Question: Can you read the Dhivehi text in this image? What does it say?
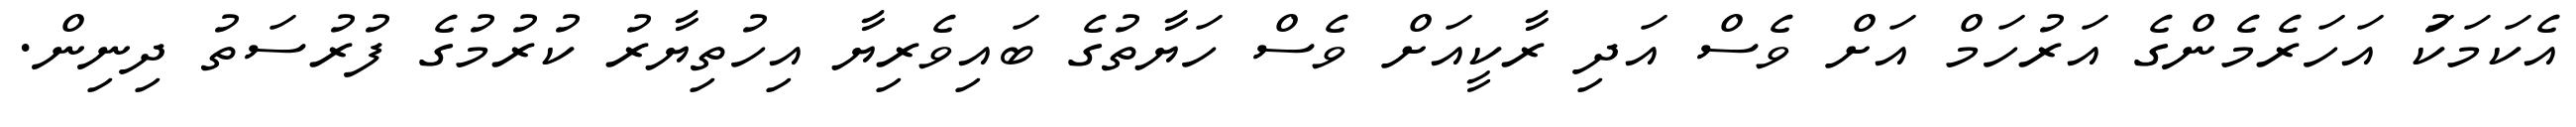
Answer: އެކަމަކަު އަހަރެމެންގެ އަރުހަމް އަށް ވެސް އަދި ރާކީއަށް ވެސް ހަޔާތުގެ ބައިވެރިޔާ އިހުތިޔާރު ކުރުމުގެ ފުރުސަތު ދިނިން.